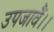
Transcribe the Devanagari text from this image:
उपजावैं।।